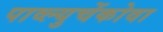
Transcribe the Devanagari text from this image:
पाव्ल्युचेंकोवा